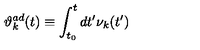
{ \vartheta } _ { k } ^ { a d } ( t ) \equiv \int _ { t _ { 0 } } ^ { t } d t ^ { \prime } { \nu } _ { k } ( t ^ { \prime } )